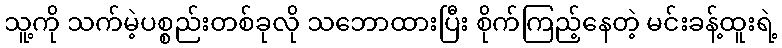
သူ့ကို သက်မဲ့ပစ္စည်းတစ်ခုလို သဘောထားပြီး စိုက်ကြည့်နေတဲ့ မင်းခန့်ထူးရဲ့